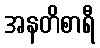
အနတိစာရီ